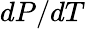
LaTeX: dP/dT